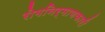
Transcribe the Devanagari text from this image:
रोगनिर्माणकारी